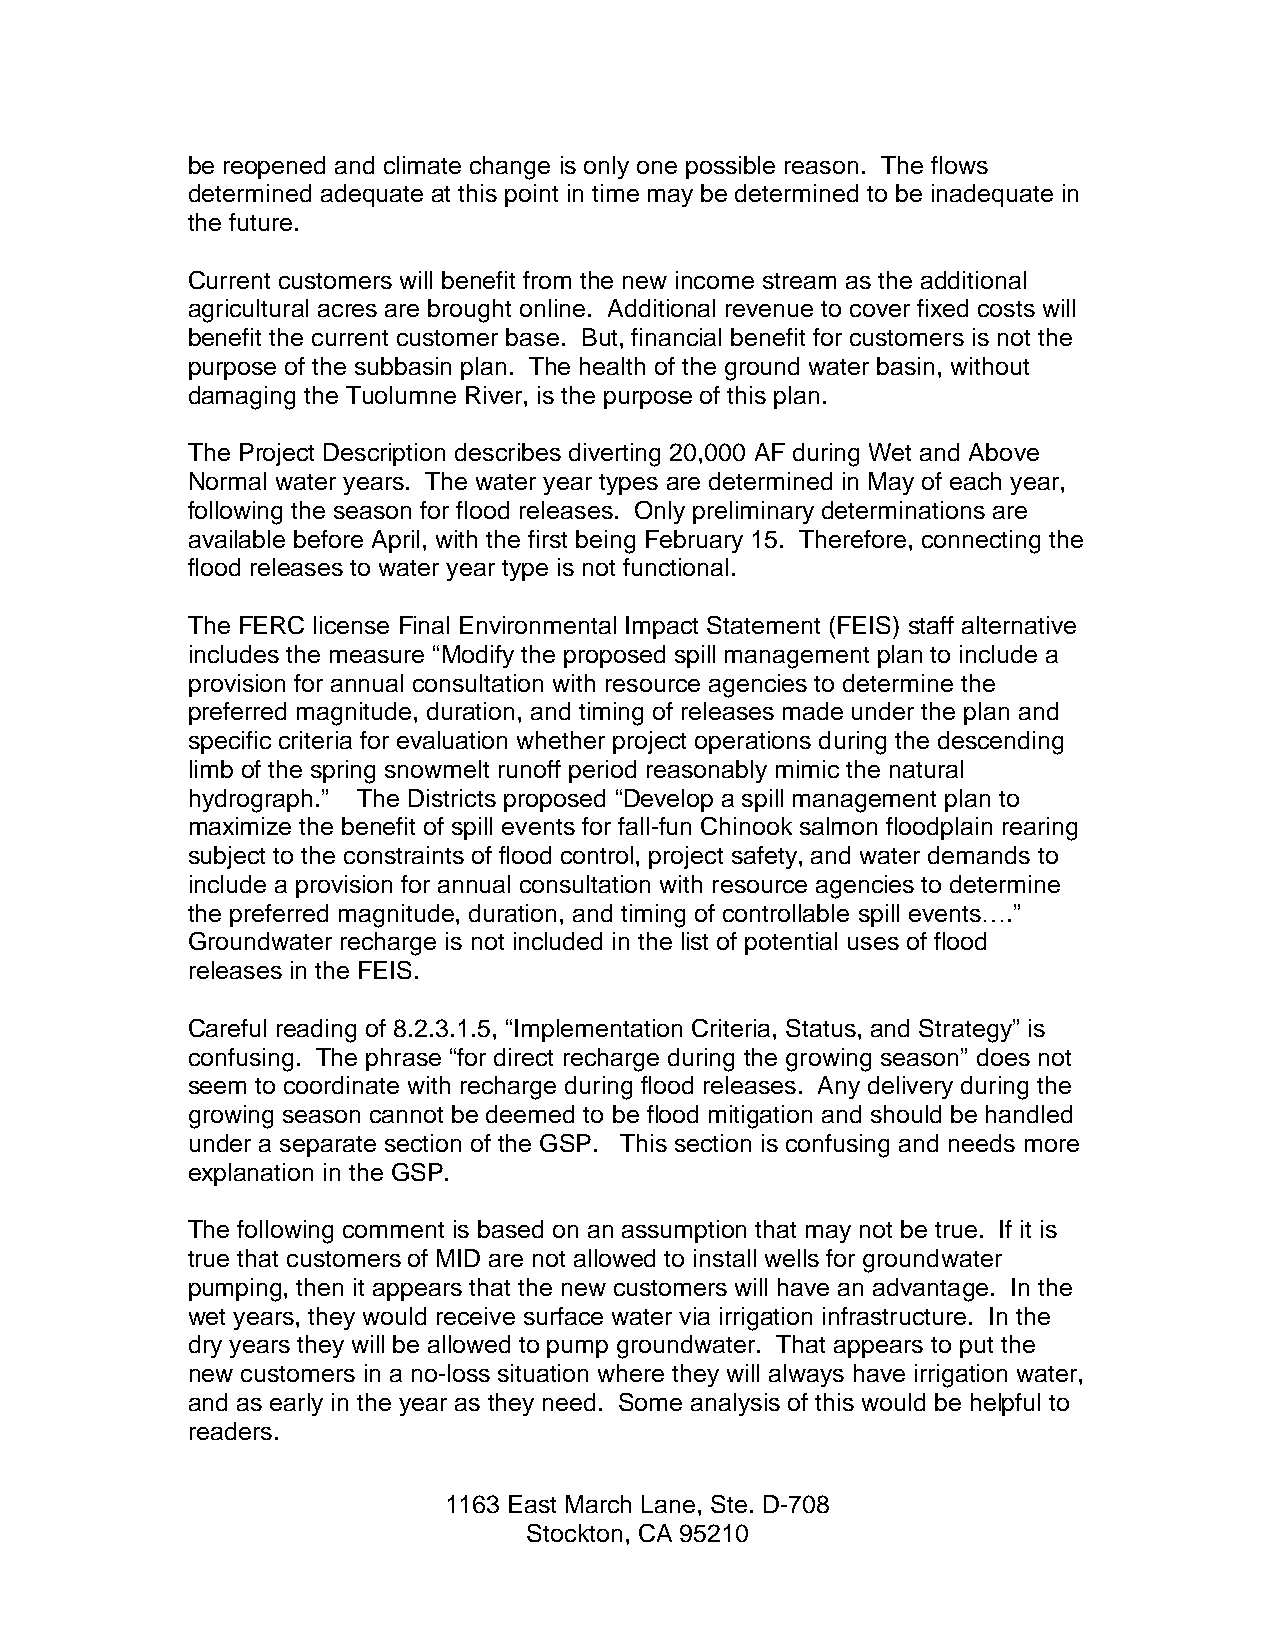
be reopened and climate change is only one possible reason. The flows
 determined adequate at this point in time may be determined to be inadequate in
 the future.
 Current customers will benefit from the new income stream as the additional
 agricultural acres are brought online. Additional revenue to cover fixed costs will
 benefit the current customer base. But, financial benefit for customers is not the
 purpose of the subbasin plan. The health of the ground water basin, without
 damaging the Tuolumne River, is the purpose of this plan.
 The Project Description describes diverting 20,000 AF during Wet and Above
 Normal water years. The water year types are determined in May of each year,
 following the season for flood releases. Only preliminary determinations are
 available before April, with the first being February 15. Therefore, connecting the
 flood releases to water year type is not functional.
 The FERC license Final Environmental Impact Statement (FEIS) staff alternative
 includes the measure “Modify the proposed spill management plan to include a
 provision for annual consultation with resource agencies to determine the
 preferred magnitude, duration, and timing of releases made under the plan and
 specific criteria for evaluation whether project operations during the descending
 limb of the spring snowmelt runoff period reasonably mimic the natural
 hydrograph.” The Districts proposed “Develop a spill management plan to
 maximize the benefit of spill events for fall-fun Chinook salmon floodplain rearing
 subject to the constraints of flood control, project safety, and water demands to
 include a provision for annual consultation with resource agencies to determine
 the preferred magnitude, duration, and timing of controllable spill events….”
 Groundwater recharge is not included in the list of potential uses of flood
 releases in the FEIS.
 Careful reading of 8.2.3.1.5, “Implementation Criteria, Status, and Strategy” is
 confusing. The phrase “for direct recharge during the growing season” does not
 seem to coordinate with recharge during flood releases. Any delivery during the
 growing season cannot be deemed to be flood mitigation and should be handled
 under a separate section of the GSP. This section is confusing and needs more
 explanation in the GSP.
 The following comment is based on an assumption that may not be true. If it is
 true that customers of MID are not allowed to install wells for groundwater
 pumping, then it appears that the new customers will have an advantage. In the
 wet years, they would receive surface water via irrigation infrastructure. In the
 dry years they will be allowed to pump groundwater. That appears to put the
 new customers in a no-loss situation where they will always have irrigation water,
 and as early in the year as they need. Some analysis of this would be helpful to
 readers.
 1163 East March Lane, Ste. D-708
 Stockton, CA 95210